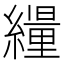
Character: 𦆊